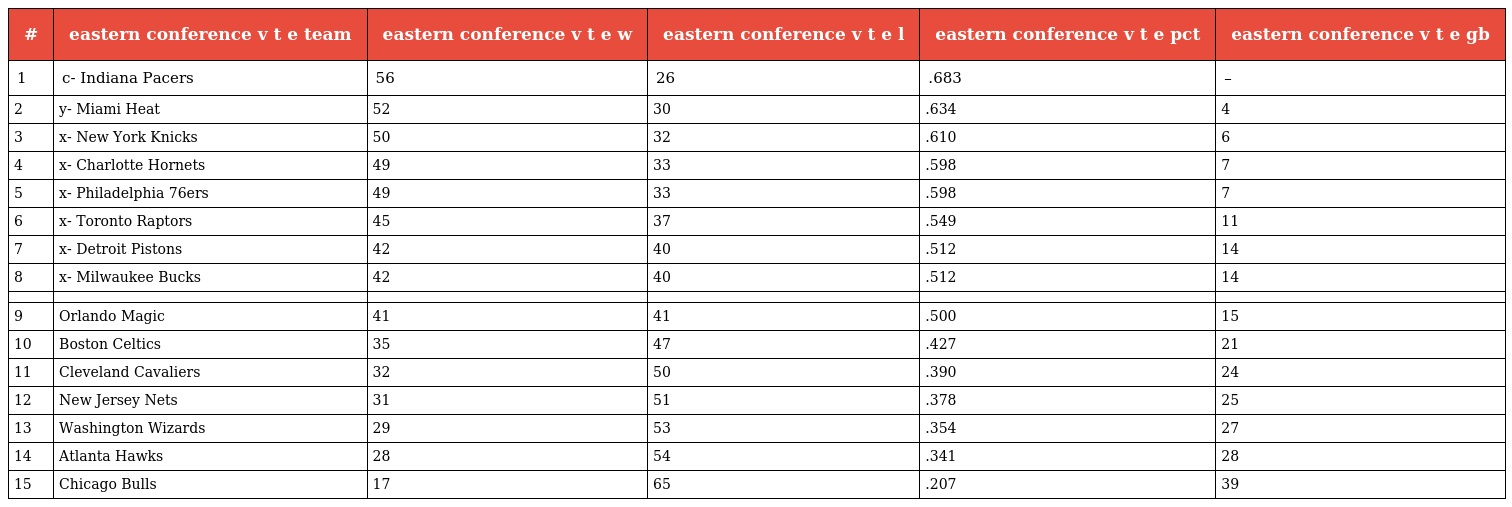
| # | eastern conference v t e team | eastern conference v t e w | eastern conference v t e l | eastern conference v t e pct | eastern conference v t e gb |
 | --- | --- | --- | --- | --- | --- |
 | 1 | c- Indiana Pacers | 56 | 26 | .683 | – |
 | 2 | y- Miami Heat | 52 | 30 | .634 | 4 |
 | 3 | x- New York Knicks | 50 | 32 | .610 | 6 |
 | 4 | x- Charlotte Hornets | 49 | 33 | .598 | 7 |
 | 5 | x- Philadelphia 76ers | 49 | 33 | .598 | 7 |
 | 6 | x- Toronto Raptors | 45 | 37 | .549 | 11 |
 | 7 | x- Detroit Pistons | 42 | 40 | .512 | 14 |
 | 8 | x- Milwaukee Bucks | 42 | 40 | .512 | 14 |
 |  |  |  |  |  |  |
 | 9 | Orlando Magic | 41 | 41 | .500 | 15 |
 | 10 | Boston Celtics | 35 | 47 | .427 | 21 |
 | 11 | Cleveland Cavaliers | 32 | 50 | .390 | 24 |
 | 12 | New Jersey Nets | 31 | 51 | .378 | 25 |
 | 13 | Washington Wizards | 29 | 53 | .354 | 27 |
 | 14 | Atlanta Hawks | 28 | 54 | .341 | 28 |
 | 15 | Chicago Bulls | 17 | 65 | .207 | 39 |